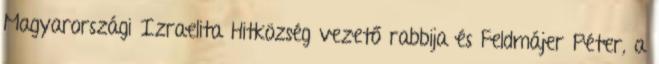
Magyarországi Izraelita Hitközség vezető rabbija és Feldmájer Péter, a